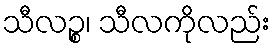
သီလဉ္စ၊ သီလကိုလည်း